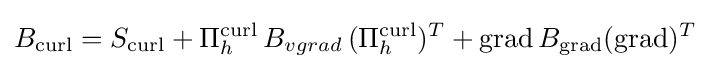
B_{\operatorname {curl} }=S_{\operatorname {curl} }+\Pi _{h}^{\operatorname {curl} }\,B_{vgrad}\,(\Pi _{h}^{\operatorname {curl} })^{T}+\operatorname {grad} B_{\operatorname {grad} }(\operatorname {grad} )^{T}